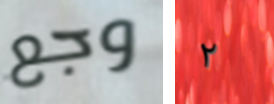
وجع ٢